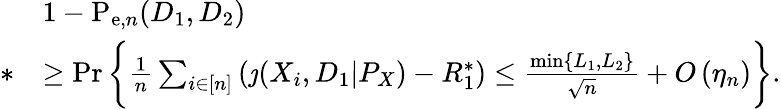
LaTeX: \begin{array}{rl}&{1-\mathrm{P}_{\mathrm{e},n}(D_{1},D_{2})}\\ {*}&{\geq\operatorname*{Pr}\bigg\{ \frac{1}{n}\sum_{i\in[n]}\left(\jmath(X_{i},D_{1}|P_{X})-R_{1}^{*}\right)\leq\frac{\operatorname*{min}\{ L_{1},L_{2}\} }{\sqrt{n}}+O\left(\eta_{n}\right)\bigg\} .}\end{array}